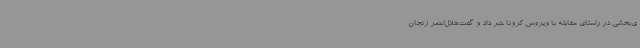
ی‌بخشی در راستای مقابله با ویروس کرونا خبر داد و گفت:هلال‌احمر زنجان